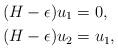
LaTeX: \begin{align*}(H-\epsilon)u_1 & = 0,\\(H-\epsilon)u_2 & = u_1, \end{align*}